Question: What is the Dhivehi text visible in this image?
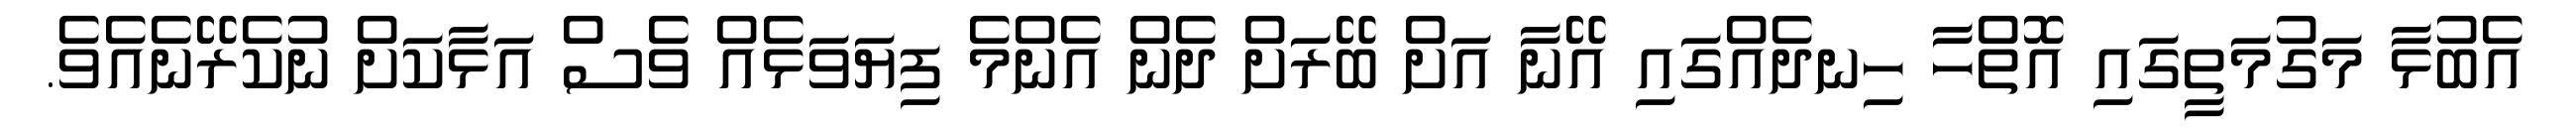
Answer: އެބުޅާ މަގުމަތީގައި އޮތްހާ ހިނދެއްގައި އޭނާ އަށް ބޭރަށް ދެން އެންމެ ފިޔަވަޅެއް ވެސް އަޅާކަށް ނުކެރޭނެއެވެ.